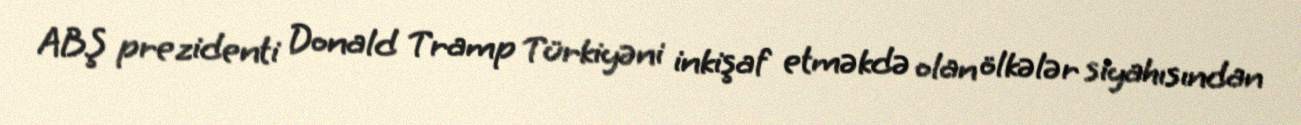
ABŞ prezidenti Donald Tramp Türkiyəni inkişaf etməkdə olan ölkələr siyahısından